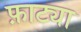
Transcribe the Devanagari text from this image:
फ़ाट्या